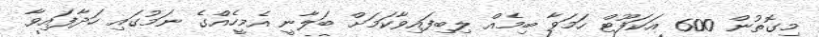
މިގޮތުން 600 އަކަފޫޓް ހަމަވާ ބިމެއް ލިބިފައިވާކަމަށް ބަލާނީ އެމީހެއްގެ ނަމުގައި ހަދާފައިވާ